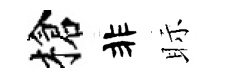
槍非眎